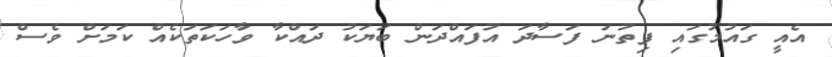
އެއީ ގައުމުގައި ފިތުނަ ފަސާދަ އުފައްދަން ބަަޔަކު ދައްކާ ވާހަކަތަކެެއް ކަމަށް ވެސް